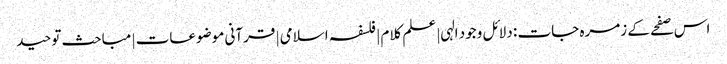
اس صفحے کے زمرہ جات : دلائل وجود الہی | علم کلام | فلسفہ اسلامی | قرآنی موضوعات | مباحث توحید